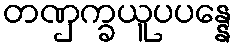
တဏှက္ခယူပပန္နေ